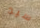
سيد